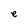
Character: e